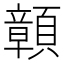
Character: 𩕆